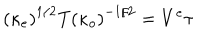
\left( \kappa _ { e } \right) ^ { 1 / 2 } T \left( \kappa _ { o } \right) ^ { - 1 / 2 } = V ^ { e } \tau